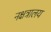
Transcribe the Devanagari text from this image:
नक्षत्रालय